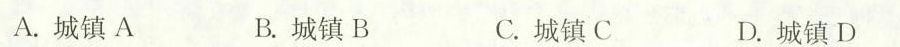
城镇D 有 -15℃ 5℃